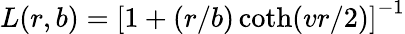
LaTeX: L(r,b)=\left[1+(r/b)\coth(vr/2)\right]^{-1}